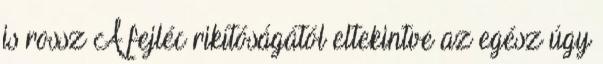
is rossz A fejléc rikítóságától eltekintve az egész úgy